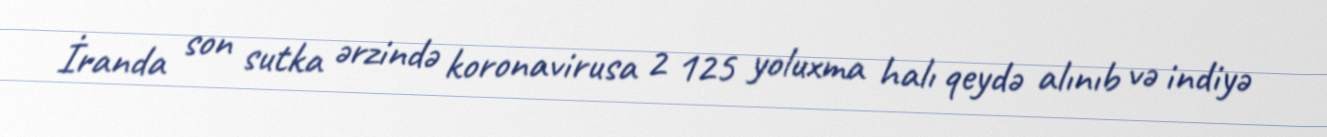
İranda son sutka ərzində koronavirusa 2 125 yoluxma halı qeydə alınıb və indiyə